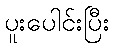
ပူးပေါင်းပြီး